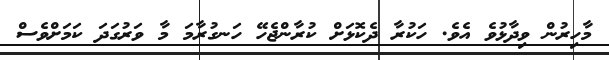
މާހިރުން ވިދާޅުވެ އެވެ. ހަކުރާ ދެކޮޅަށް ކުރާންޖެހޭ ހަނގުރާމަ މާ ވަރުގަދަ ކަމަށްވެސް